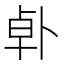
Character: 𪟿